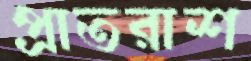
প্রাতরাশ